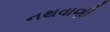
નથવાણી